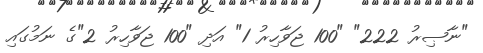
"ނާޞިރު 222" "100 ޖަވާހިރު 1" އަދި "100 ޖަވާހިރު 2"ގެ ނަމުގައި